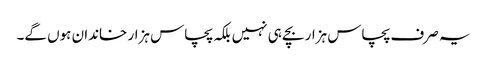
یہ صرف پچاس ہزار بچے ہی نہیں بلکہ پچاس ہزار خاندان ہوں گے۔